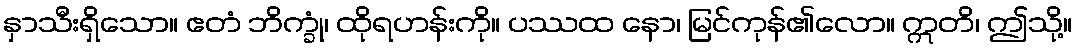
နှာသီးရှိသော။ ဧတံ ဘိက္ခုံ၊ ထိုရဟန်းကို။ ပဿထ နော၊ မြင်ကုန်၏လော။ ဣတိ၊ ဤသို့။